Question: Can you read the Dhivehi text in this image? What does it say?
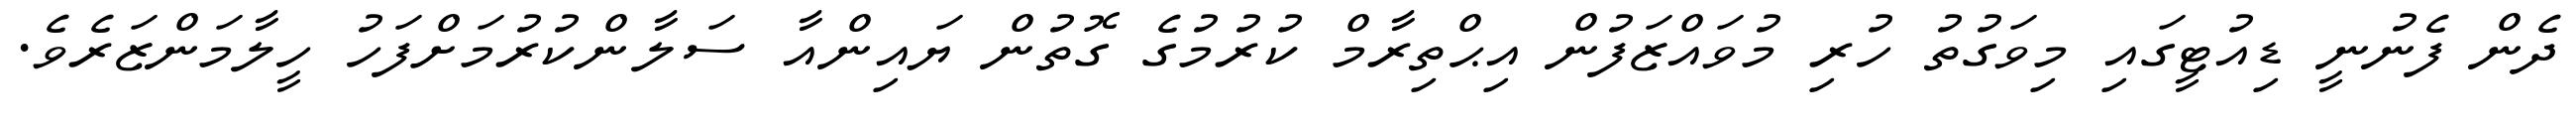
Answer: ދެން ފެނުނީ ޑިއުޓީގައި މިވަގުތު ހުރި މުވައްޒަފުން އިޙްތިރާމް ކުރުމުގެ ގޮތުން ޔައިންއާ ސަލާންކުރުމަށްފަހު ހީލާމަންޒަރެވެ.